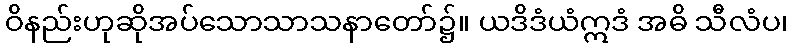
ဝိနည်းဟုဆိုအပ်သောသာသနာတော်၌။ ယဒိဒံယံဣဒံ အဓိ သီလံပ၊